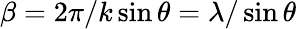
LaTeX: \beta=2\pi/k\sin\theta=\lambda/\sin\theta